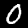
Digit: 0